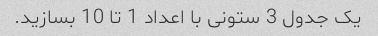
یک جدول 3 ستونی با اعداد 1 تا 10 بسازید.